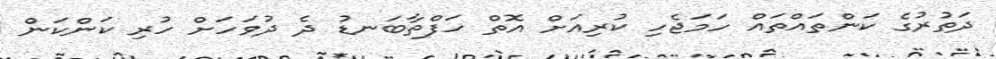
ދަތުރުގެ ކަންތައްތައް ހަމަޖެހި ކުރިއަށް އޮތް ހަފްތާބަނޑު ދެ ދުވަހަށް ހުރި ކަންކަން